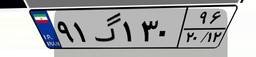
۸۶گ۶۳۹۷۸